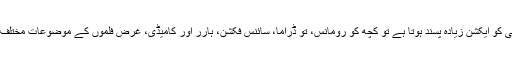
جیسے کسی کو ایکشن زیادہ پسند ہوتا ہے تو کچھ کو رومانس، تو ڈراما، سائنس فکشن، ہارر اور کامیڈی، غرض فلموں کے موضوعات مختلف ہوتے ہیں۔